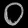
Digit: ၀